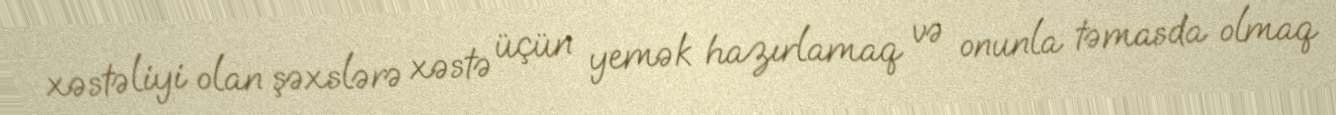
xəstəliyi olan şəxslərə xəstə üçün yemək hazırlamaq və onunla təmasda olmaq